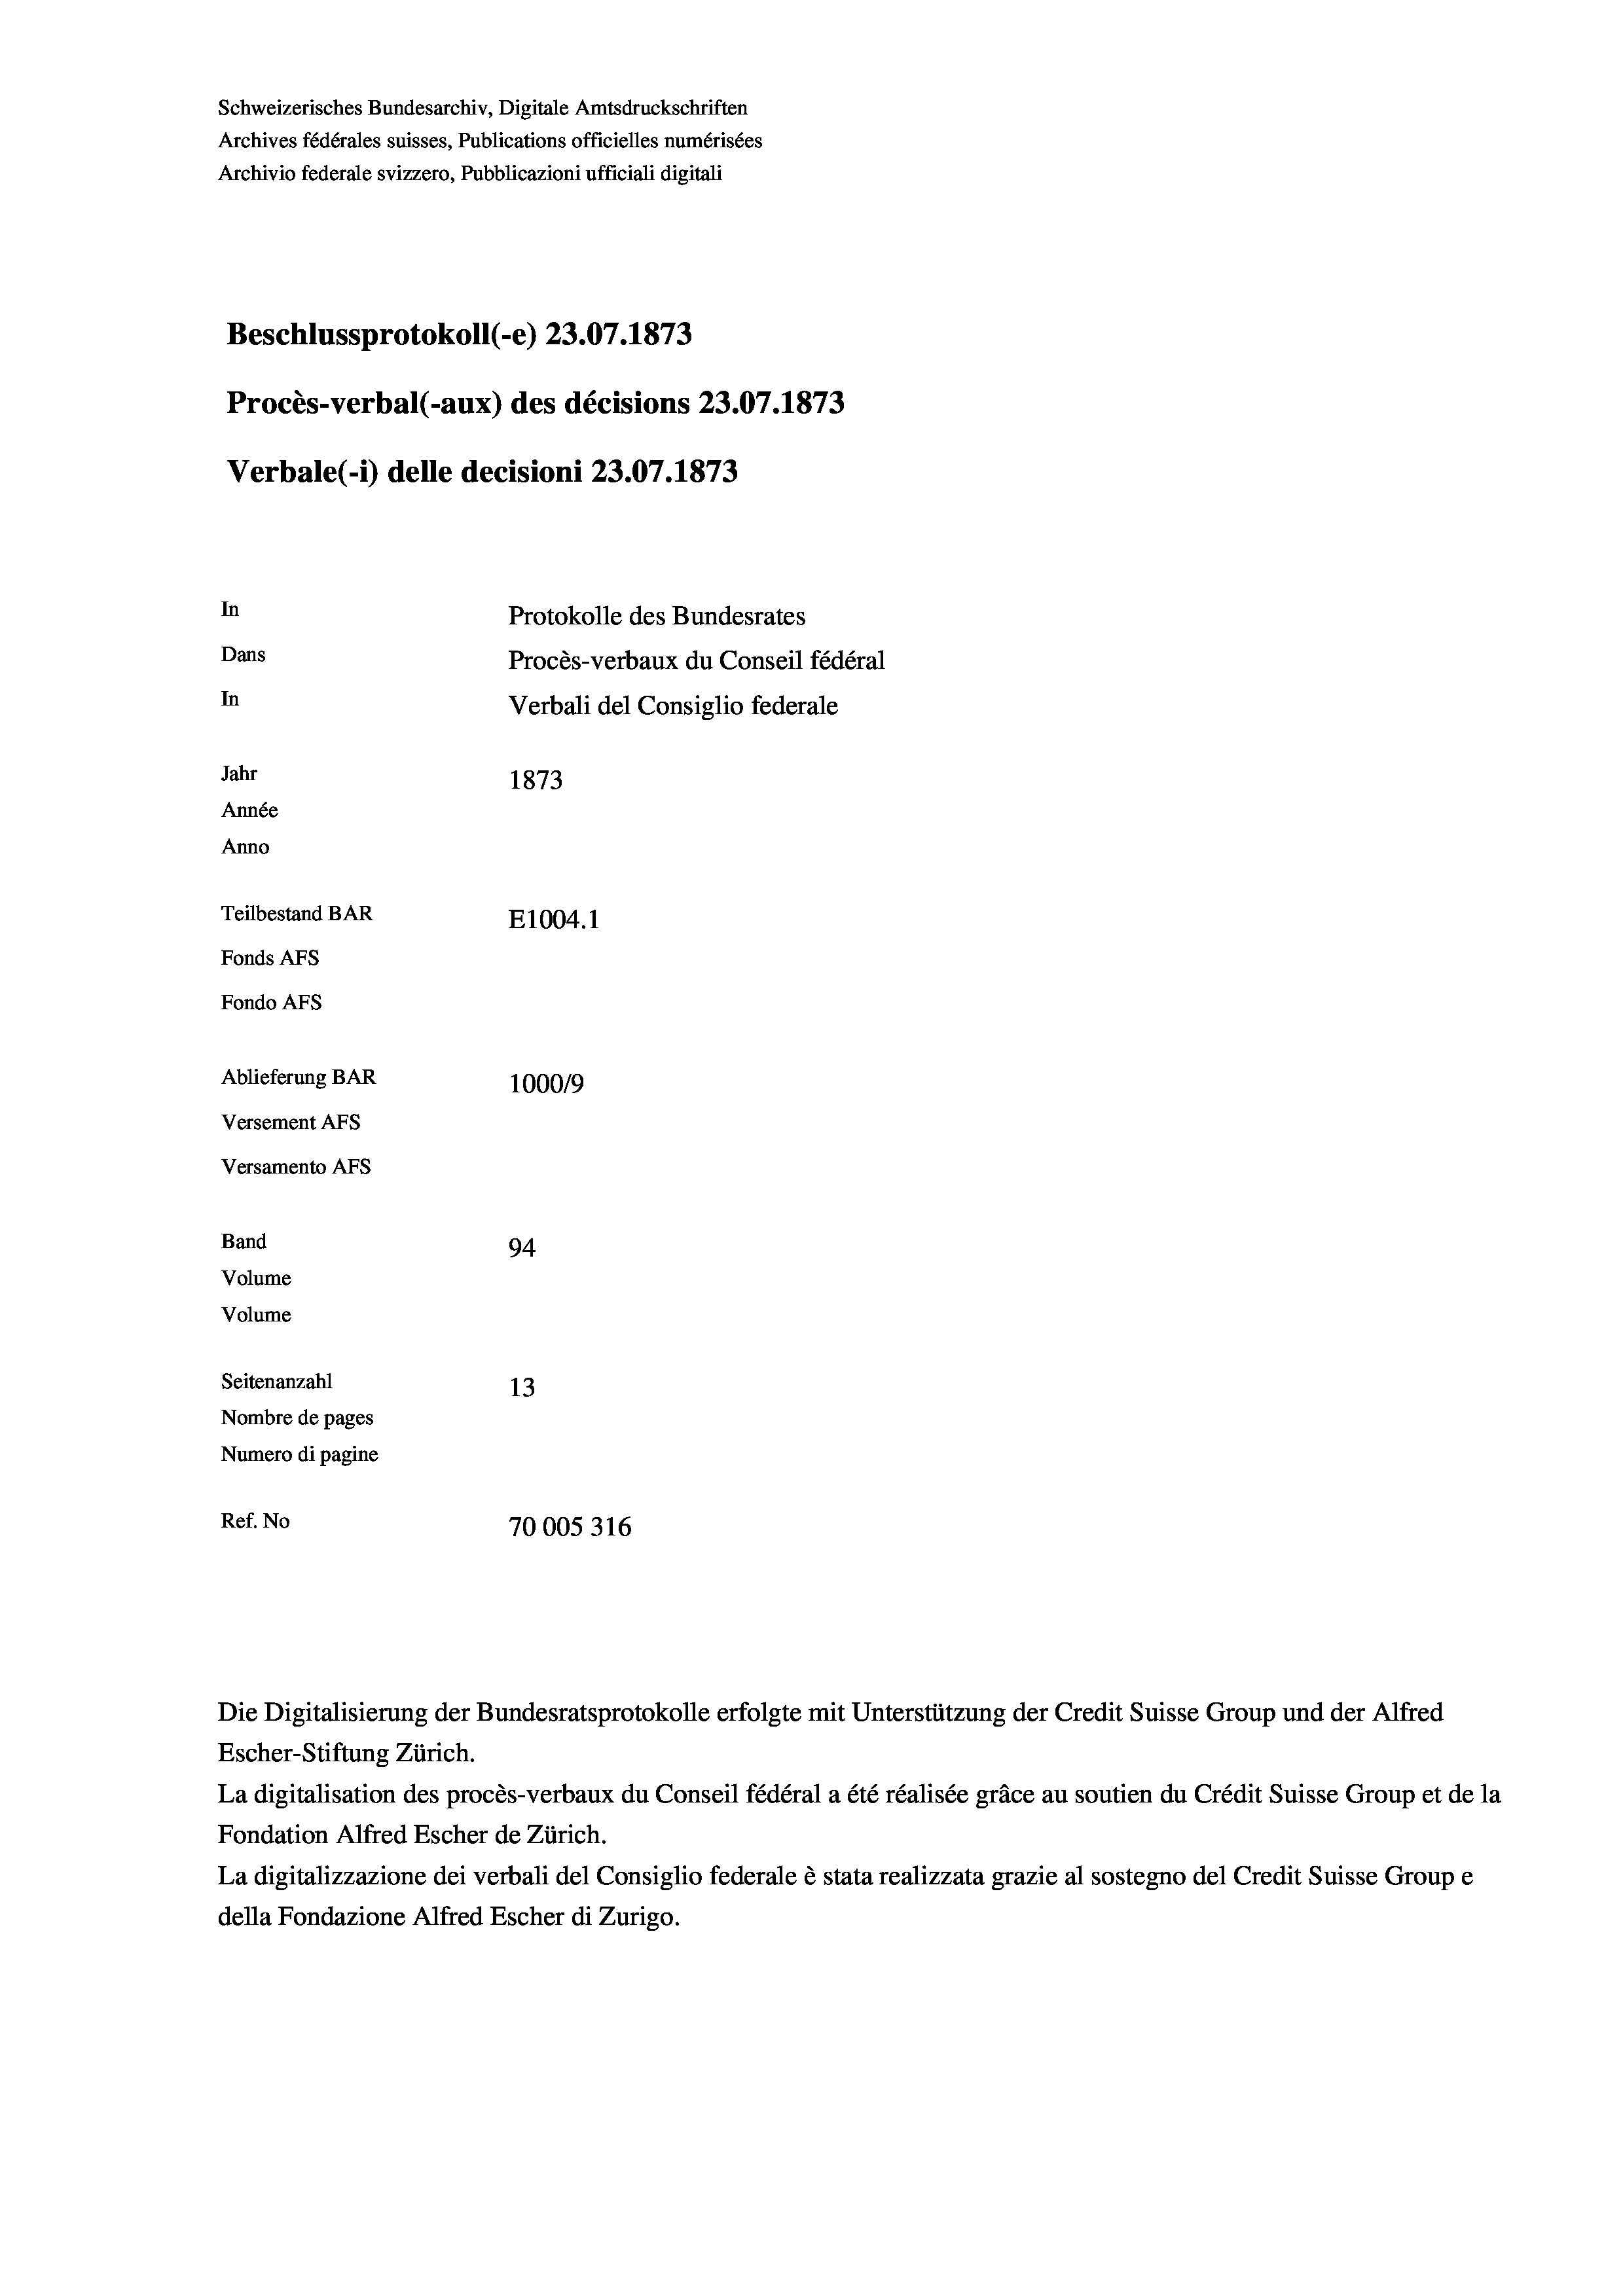
Schweizerisches Bundesarchiv, Digitale Amtsdruckschriften
Archives fédérales suisses, Publications officielles numérisées
Archivio federale svizzero, Pubblicazioni ufficiali digitali
Beschlussprotokoll (-e) 23.07. 1873
Procès-verbal (-aux) des décisions 23.07.1873
Verbale(-*) delle decisioni 23.07. 1873
In
Protokolle des Bundesrates
Dans
Procès-verbaux du Conseil fédéral
In
Verbali del Consiglio federale
Jahr
1873
Année
Anno
Teilbestand BAR
E1004.1
Fonds Afs
Fondo AFs
Ablieferung BAR
1000/9
Versement Abs
Versamento Afs
Band
94
Volume
Volume
Seitenanzahl
13
Nombre de pages
Numero di pagine
Ref. No
70005316

Escher-Stiftung Zürich.
La digitalisation des procès-verbaux du Conseil fédéral a été réalisée gräce au soutien du Crédit Suisse Group et de la
Fondation Alfred Escher de Zürich.
La digitalizzazione dei verbali del Consiglio federale è stata realizzata grazie al sostegno del Credit Suisse Groupe
della Fondazione Alfred Escher di Zurigo.

Die Digitalisierung der Bundesratsprotokolle erfolgte mit Unterstützung der Credit Suisse Group und der Alfred